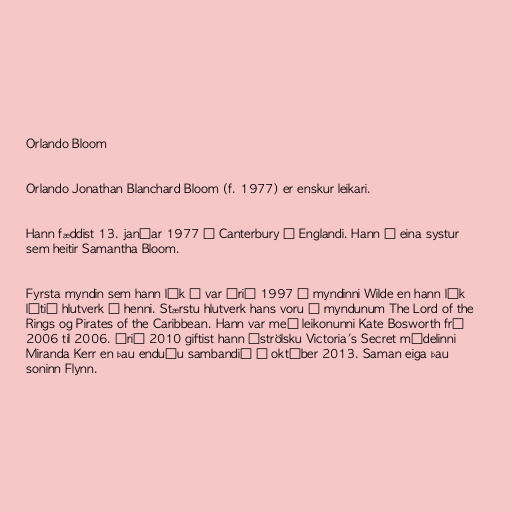
Orlando Bloom

Orlando Jonathan Blanchard Bloom (f. 1977) er enskur leikari.

Hann fæddist 13. janúar 1977 í Canterbury á Englandi. Hann á eina systur
sem heitir Samantha Bloom.

Fyrsta myndin sem hann lék í var árið 1997 í myndinni Wilde en hann lék
lítið hlutverk í henni. Stærstu hlutverk hans voru í myndunum The Lord of the
Rings og Pirates of the Caribbean. Hann var með leikonunni Kate Bosworth frá
2006 til 2006. Árið 2010 giftist hann áströlsku Victoria's Secret módelinni
Miranda Kerr en þau enduðu sambandið í október 2013. Saman eiga þau
soninn Flynn.